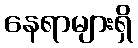
နေရာများရှိ